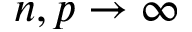
n , p \to \infty